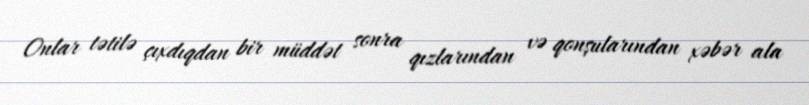
Onlar tətilə çıxdıqdan bir müddət sonra qızlarından və qonşularından xəbər ala